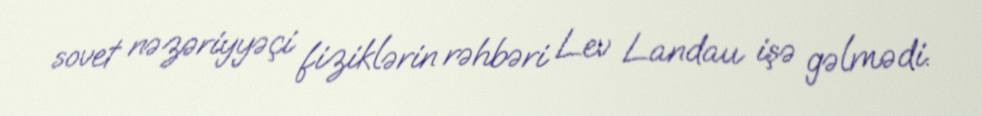
sovet nəzəriyyəçi fiziklərin rəhbəri Lev Landau işə gəlmədi.